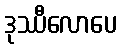
ဒုဿီလောပေ